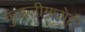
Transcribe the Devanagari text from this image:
कुंडलीमध्येही